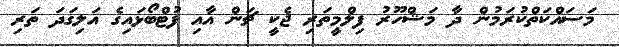
މަސައްކަތްކުރަމުން ދާ މަޝްހޫރު ފިލްމީތަރި ޖެކީ ޗަން އާއި ފުޓްބޯޅައިގެ އަލިގަދަ ތަރި